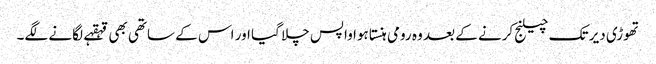
تھوڑی دیر تک چیلنج کرنے کے بعد وہ رومی ہنستا ہوا واپس چلا گیا اور اس کے ساتھی بھی قہقہے لگانے لگے۔